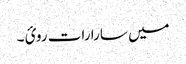
میں سارا رات روئ ۔